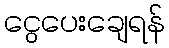
ငွေပေးချေရန်